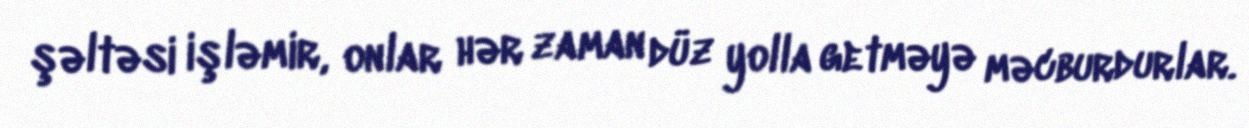
şəltəsi işləmir, onlar hər zaman düz yolla getməyə məcburdurlar.